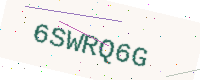
Text: 6SWRQ6G